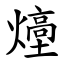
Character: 㸀